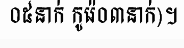
០៥នាក់ កូរ៉េ០៣នាក់)។